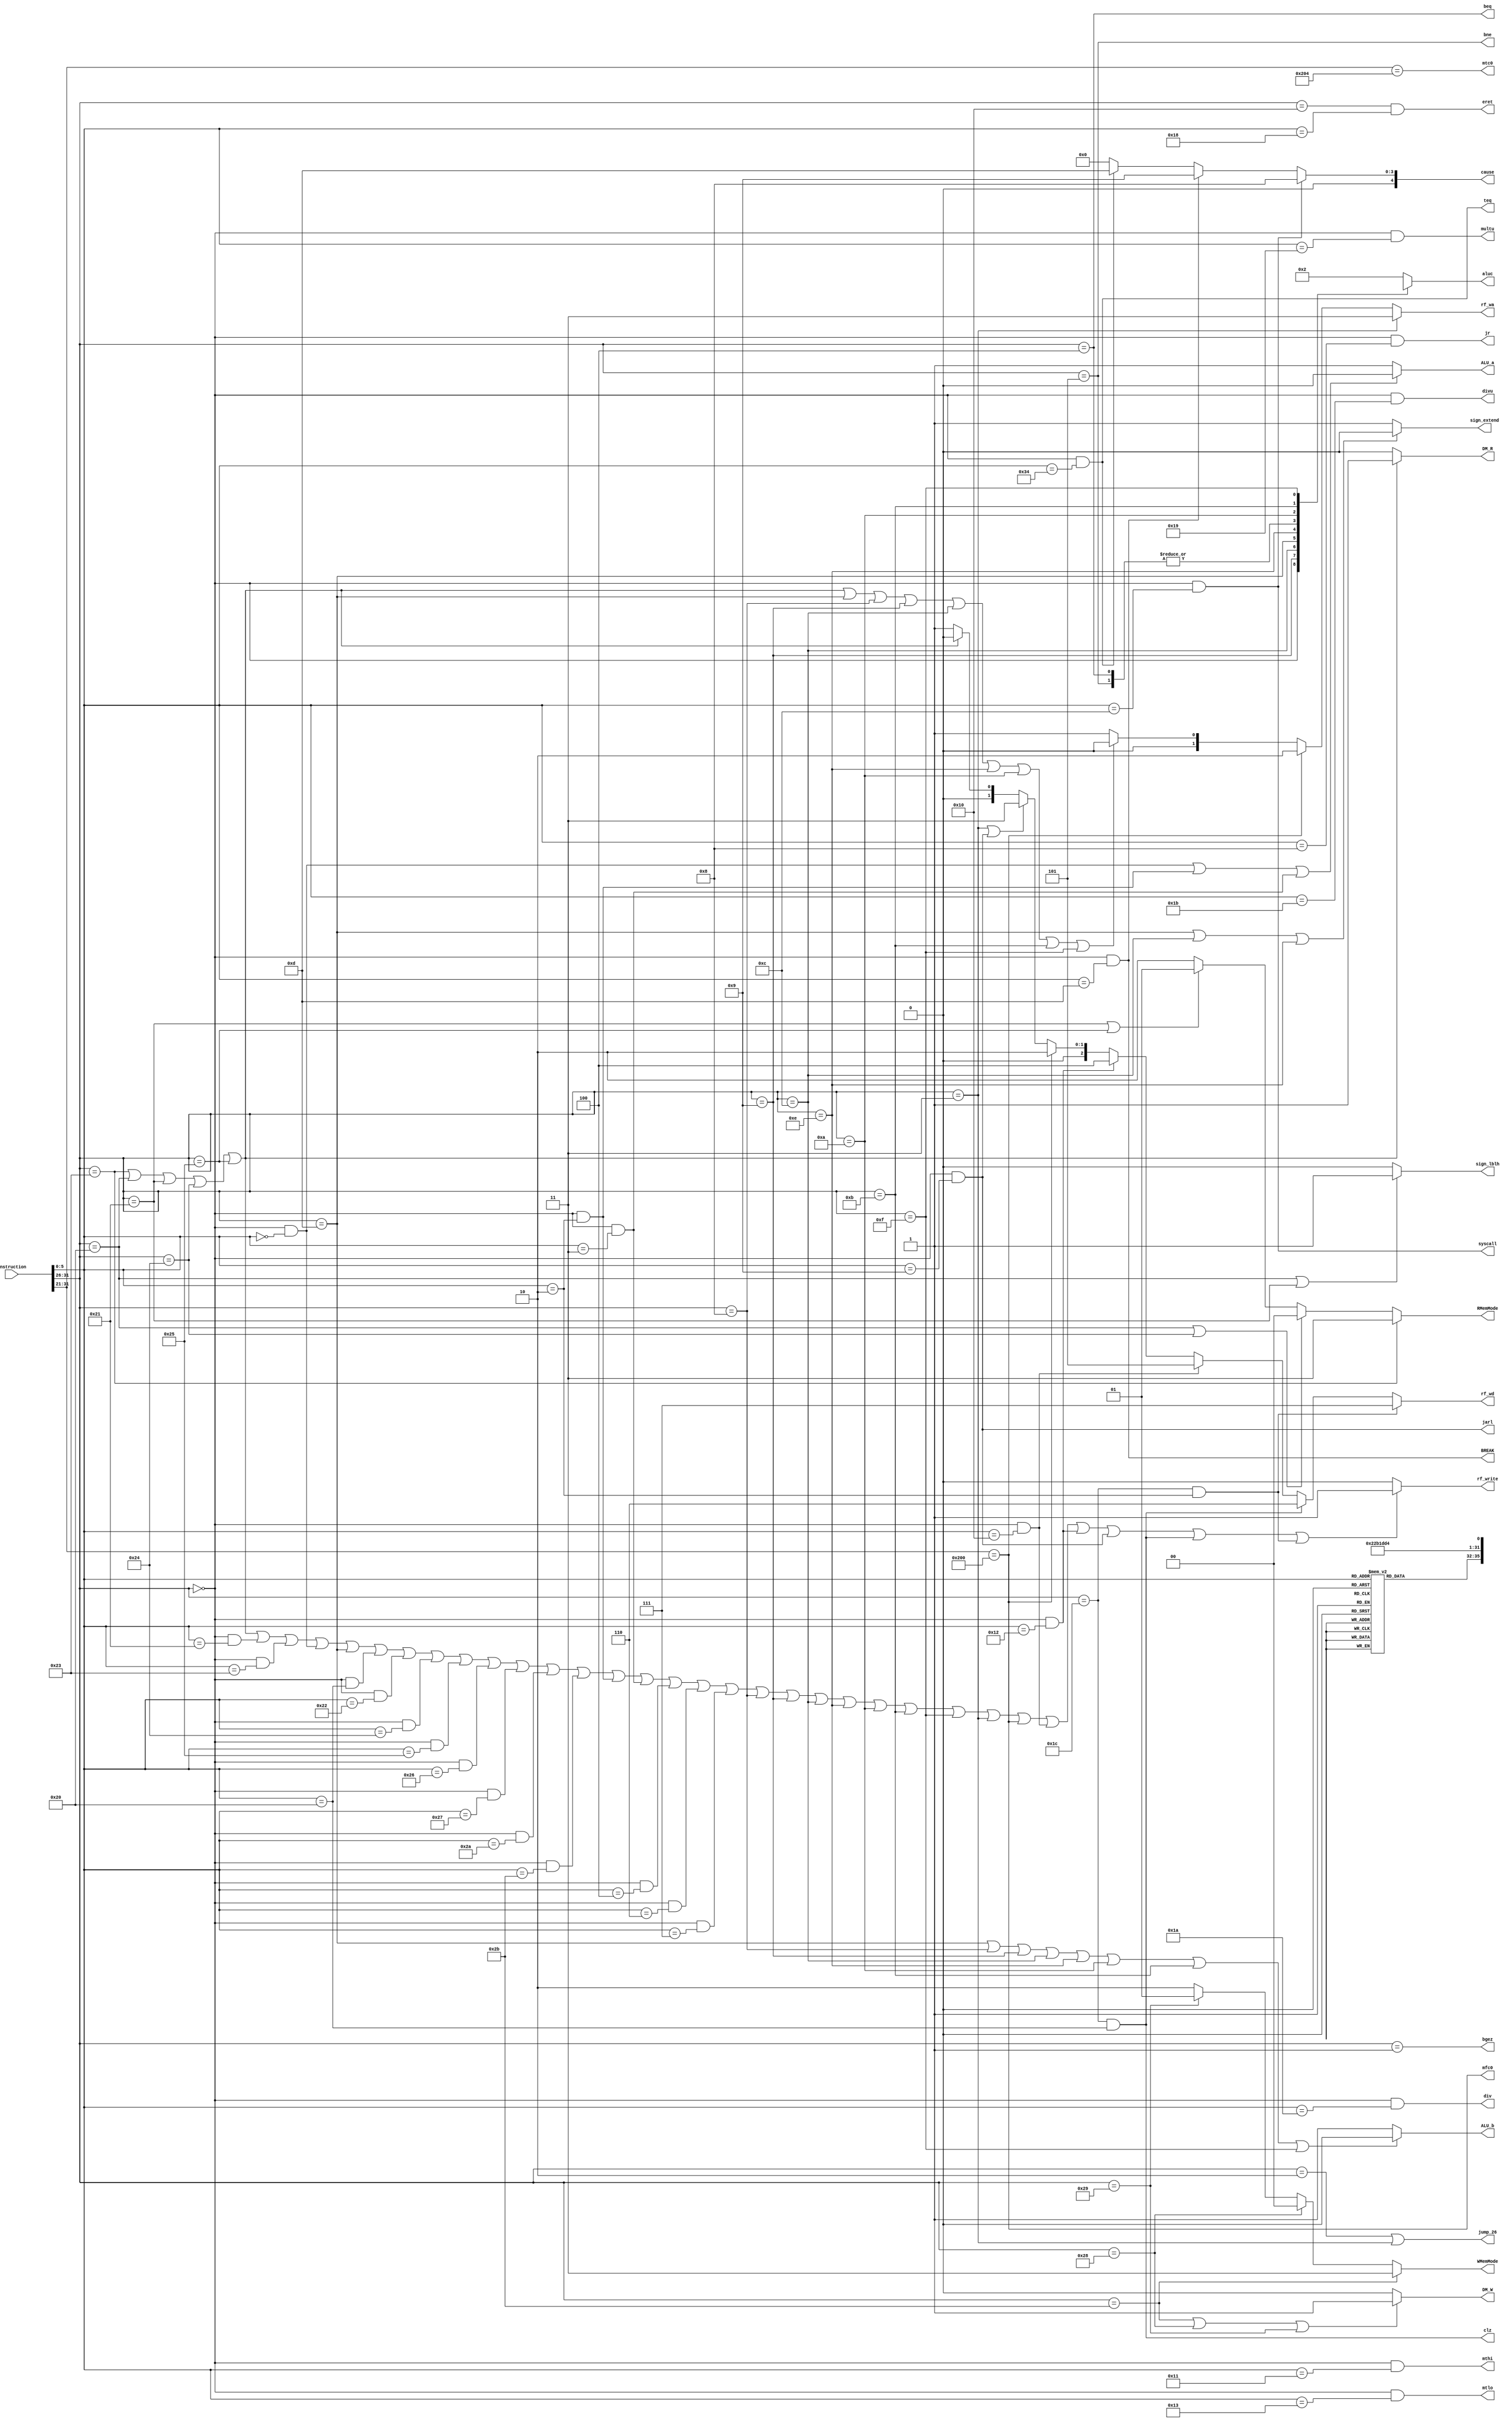
`timescale 1ns / 1ps
//////////////////////////////////////////////////////////////////////////////////
// Company: 
// Engineer: 
// 
// Design Name: 
// Module Name: CONTROL
// Project Name: 
// Target Devices: 
// Tool Versions: 
// Description: 
// 
// Dependencies: 
// 
// Revision:
// Revision 0.01 - File Created
// Additional Comments:
// 
//////////////////////////////////////////////////////////////////////////////////


module CONTROL(
    input [31:0]instruction,
    output reg[3:0]aluc,
    output rf_write,
    output DM_W,
    output DM_R,
    output sign_extend,
    output ALU_a,
    output ALU_b,
    output reg[2:0]rf_wd,
    output reg[1:0]rf_wa,
    output jump_26,
    output beq,
    output bne,
    output jr,
    output mfc0,
    output mtc0,
    output BREAK,
    output eret,
    output syscall,
    output teq,
    output [4:0]cause,
    output mthi,
    output mtlo,
    output jarl,
    output reg[1:0]RMemMode,
    output sign_lblh,
    output reg[1:0]WMemMode,
    output bgez,
    output clz,
    output multu,
    output div,
    output divu
    );
    
    wire [5:0]instr_op=instruction[31:26];
    wire [5:0]instr_func=instruction[5:0];

    wire sw=instr_op==6'b101011;
    wire lw=instr_op==6'b100011;
    wire ori=instr_op==6'b001101;
    wire sll=(instr_op==6'b000000) & (instr_func==6'b000000);
    wire srl=(instr_op==6'b000000) & (instr_func==6'b000010);
    wire sra=(instr_op==6'b000000) & (instr_func==6'b000011);
    wire addu=(instr_op==6'b000000) & (instr_func==6'b100001);
    wire subu=(instr_op==6'b000000) & (instr_func==6'b100011);
    wire add=(instr_op==6'b000000) & (instr_func==6'b100000);
    wire sub=(instr_op==6'b000000) & (instr_func==6'b100010);
    wire AND=(instr_op==6'b000000) & (instr_func==6'b100100);
    wire OR=(instr_op==6'b000000) & (instr_func==6'b100101);
    wire XOR=(instr_op==6'b000000) & (instr_func==6'b100110);
    wire NOR=(instr_op==6'b000000) & (instr_func==6'b100111);
    wire slt=(instr_op==6'b000000) & (instr_func==6'b101010);
    wire sltu=(instr_op==6'b000000) & (instr_func==6'b101011);
    wire sllv=(instr_op==6'b000000) & (instr_func==6'b000100);
    wire srlv=(instr_op==6'b000000) & (instr_func==6'b000110);
    wire srav=(instr_op==6'b000000) & (instr_func==6'b000111);
    wire addi=instr_op==6'b001000;
    wire addiu=instr_op==6'b001001;
    wire andi=instr_op==6'b001100;
    wire xori=instr_op==6'b001110;
    wire slti=instr_op==6'b001010;
    wire sltiu=instr_op==6'b001011;
    wire lui=instr_op==6'b001111;
    wire jal=instr_op==6'b000011;

    assign bgez=instr_op==6'b000001;
    assign div=(instr_op==6'b000000) & (instr_func==6'b011010);
    assign divu=(instr_op==6'b000000) & (instr_func==6'b011011);


    assign mthi=(instr_op==6'b000000) & (instr_func==6'b010001);
    assign mtlo=(instr_op==6'b000000) & (instr_func==6'b010011);

    wire mfhi=(instr_op==6'b000000) & (instr_func==6'b010000);
    wire mflo=(instr_op==6'b000000) & (instr_func==6'b010010);

    assign jarl=(instr_op==6'b000000) & (instr_func==6'b001001);

    assign clz=(instr_op==6'b011100) & (instr_func==6'b100000);

    wire mul=(instr_op==6'b011100) & (instr_func==6'b000010);
    assign multu=(instr_op==6'b000000) & (instr_func==6'b011001);

    wire lb=instr_op==6'b100000;
    wire lh=instr_op==6'b100001;
    wire lbu=instr_op==6'b100100;
    wire lhu=instr_op==6'b100101;

    wire sb=instr_op==6'b101000;
    wire sh=instr_op==6'b101001;
    

        
    //CP0 -SIGNAL
    assign mfc0=instruction[31:21]==11'b01000000000;
    assign mtc0=instruction[31:21]==11'b01000000100;
    assign syscall=(instr_op==6'b000000) & (instr_func==6'b001100);
    assign BREAK=(instr_op==6'b000000) & (instr_func==6'b001101);
    assign teq=(instr_op==6'b000000) & (instr_func==6'b110100);
    assign eret=(instr_op==6'b010000) & (instr_func==6'b011000);//ERETNC
    

    assign jr=(instr_op==6'b000000) && (instr_func==6'b001000);

    assign jump_26=(instr_op==6'b000010)||jal;//j  jal
    assign beq =instr_op==6'b000100;
    assign bne =instr_op==6'b000101;
    assign cause = syscall?5'b01000:(BREAK?5'b01001:(teq?5'b01101:5'b00000)); 

    assign ALU_a=sll|srl|sra?0:1;
    assign ALU_b=ori|addi|addiu|andi|xori|slti|sltiu|lui?0:1; //1-rf_rd2  0-s_z_extend


    // assign RMemMode = lw?2'b11:(lb|lbu?2'b00:(lh|lhu?2'b01:2'b10));
    always @(*) begin
        if(lw)
            RMemMode=2'b11;
        else if(lb|lbu)
            RMemMode=2'b00;
        else if (lh|lhu) 
            RMemMode=2'b01;
        else 
            RMemMode=2'b10;
    end

    // assign WMemMode = sw?2'b11:(sb?2'b00:(sh?2'b01:2'b10));
    always @(*) begin
        if(sw)
            WMemMode=2'b11;
        else if(sb)
            WMemMode=2'b00;
        else if (sh) 
            WMemMode=2'b01;
        else 
            WMemMode=2'b10;
    end

    assign rf_write = lw|lb|lh|lbu|lhu|addu|subu|sll|ori|add|sub|AND|OR|XOR|NOR|slt|sltu|srl|sra|sllv|srlv|srav|addi|addiu|andi|xori|slti|sltiu|lui|jal|mfc0|mfhi|mflo|jarl|clz|mul?1:0;
    assign DM_W = sw|sb|sh?1:0;
    assign DM_R = lw|lb|lh|lbu|lhu?1:0;

    // //  jaljrmfc0  
    // assign rf_wd = lw?0:1;//1-alu_r
    // assign rf_wa = lw|ori|addi|addiu|andi|xori|slti|sltiu|lui?0:1;//1-rd , 0-rt

    // assign rf_wd = jal?(2'b11):(mfc0?2'b10:(lw?2'b00:2'b01));
    
    //default --3'b001  alu-r
    // assign rf_wd = mul?(3'b111):(clz?(3'b110):(mfhi?(3'b101):(mflo?(3'b100):(mfc0?(3'b010):(jal|jarl?(3'b011):(lw|lb|lh|lbu|lhu?(3'b000):(3'b001)))))));

    always @(*) begin
        if (mul)
            rf_wd=3'b111;
        else if(clz)
            rf_wd=3'b110;
        else if(mfhi)
            rf_wd=3'b101;
        else if(mflo)
            rf_wd=3'b100;
        else if(mfc0)
            rf_wd=3'b010;
        else if(jal|jarl)
            rf_wd=3'b011;
        else if(lw|lb|lh|lbu|lhu)
            rf_wd=3'b000;
        else 
            rf_wd=3'b001;
    end

    always @(*) begin
        if(jal)
            rf_wa=2'b11;
        else if(mfc0)
            rf_wa=2'b10;
        else if(lw|lb|lh|lbu|lhu|ori|addi|addiu|andi|xori|slti|sltiu|lui)
            rf_wa=2'b00;
        else 
            rf_wa=2'b01;
    end

    // assign rf_wa = jal?(2'b11):(mfc0?2'b10:(lw|lb|lh|lbu|lhu|ori|addi|addiu|andi|xori|slti|sltiu|lui?2'b00:2'b01));



    //0  1
    assign sign_extend = ori|andi|xori?0:1;
    assign sign_lblh = lb|lh?1:0;




    //aluc
    always @(*) begin
        case(instruction[31:26])
            6'b000000:
                case(instruction[5:0])
                    6'b100000:aluc=4'b0010;//add
                    6'b100001:aluc=4'b0000;//addu
                    6'b100010:aluc=4'b0011;//sub
                    6'b100011:aluc=4'b0001;//subu
                    6'b100100:aluc=4'b0100;//and
                    6'b100101:aluc=4'b0101;//or
                    6'b100110:aluc=4'b0110;//xor
                    6'b100111:aluc=4'b0111;//nor
                    6'b101010:aluc=4'b1011;//slt
                    6'b101011:aluc=4'b1010;//sltu


                    6'b000000:aluc=4'b111x;//sll
                    6'b000010:aluc=4'b1101;//srl
                    6'b000011:aluc=4'b1100;//sra
                    6'b000100:aluc=4'b111x;//sllv
                    6'b000110:aluc=4'b1101;//srlv
                    6'b000111:aluc=4'b1100;//srav

                    6'b110100:aluc=4'b0011;//teq
                    default:aluc=4'b0010;
                endcase
            6'b001000:aluc=4'b0010;//addi
            6'b001001:aluc=4'b0000;//addiu
            6'b001100:aluc=4'b0100;//andi
            6'b001101:aluc=4'b0101;//ori
            6'b001110:aluc=4'b0110;//xori

            6'b000100:aluc=4'b0011;//beq
            6'b000101:aluc=4'b0011;//bne

            6'b001010:aluc=4'b1011;//slti
            6'b001011:aluc=4'b1010;//sltiu
            6'b001111:aluc=4'b100x;//lui

            default:aluc=4'b0010;
        endcase

    end

endmodule